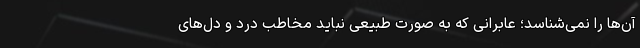
آن‌ها را نمی‌شناسد؛ عابرانی که به صورت طبیعی نباید مخاطب درد و دل‌های